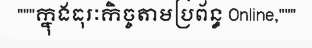
"""ក្នុងធុរៈកិច្ចតាមប្រព័ន្ធ Online,"""